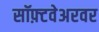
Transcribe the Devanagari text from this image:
सॉफ़्टवेअरवर